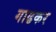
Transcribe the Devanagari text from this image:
गाढकर